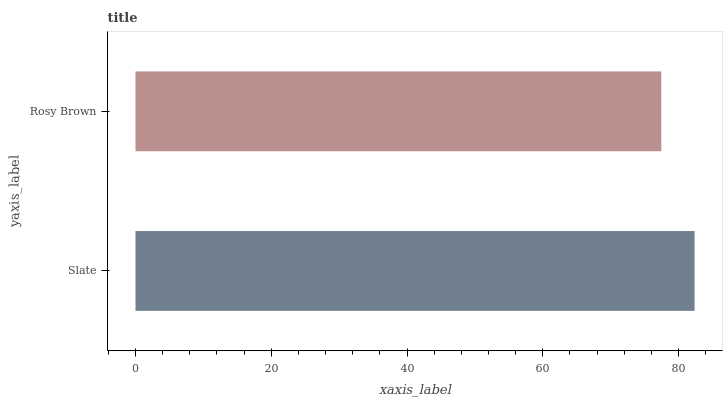
| yaxis_label | bars |
 | --- | --- |
 | Slate | 82.4 |
 | Rosy Brown | 77.5 |